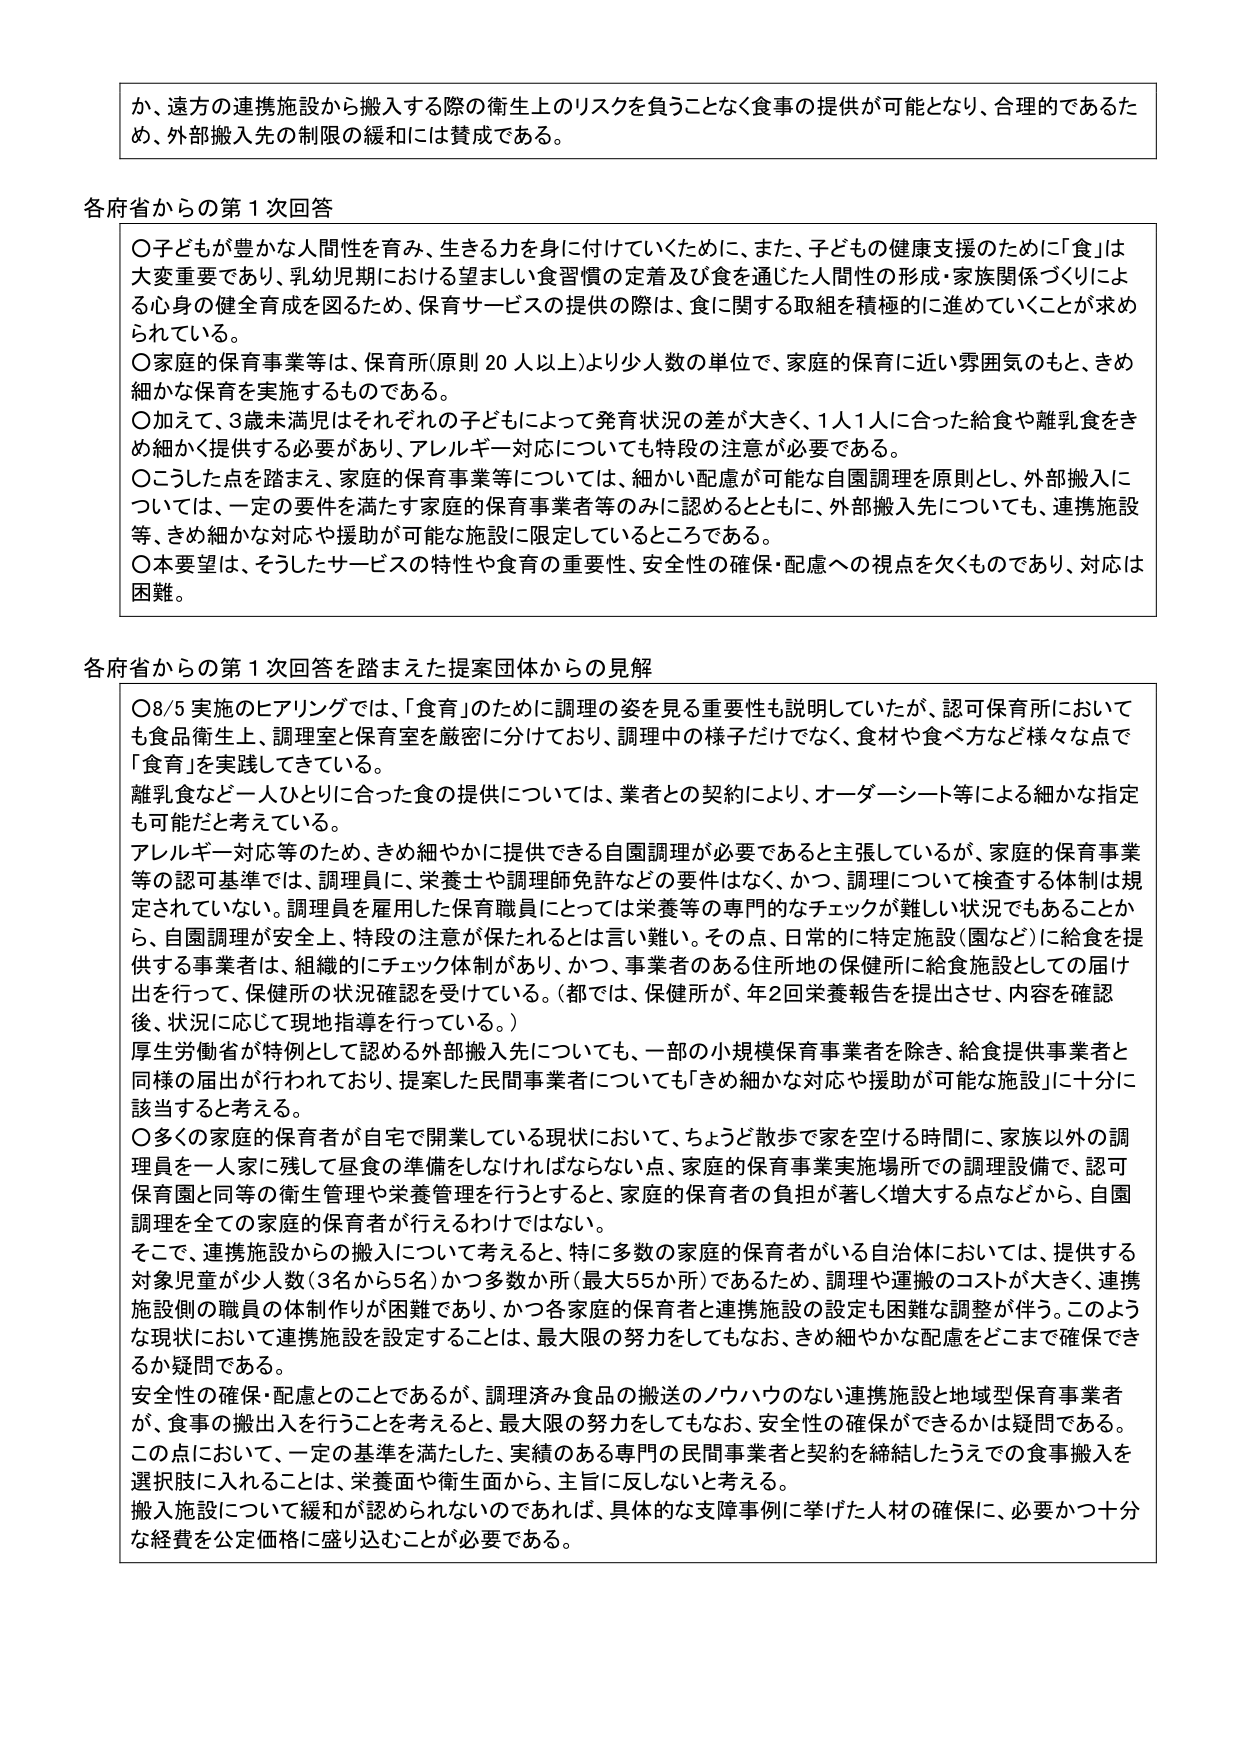
か、遠方の連携施設から搬入する際の衛生上のリスクを負うことなく食事の提供が可能となり、合理的であるため、外部搬入先の制限の緩和には賛成である。

各府省からの第１次回答

○子どもが豊かな人間性を育み、生きる力を身に付けていくために、また、子どもの健康支援のために「食」は大変重要であり、乳幼児期における望ましい食習慣の定着及び食を通じた人間性の形成・家族関係づくりによる心身の健全育成を図るため、保育サービスの提供の際は、食に関する取組を積極的に進めていくことが求められている。

○家庭的保育事業等は、保育所（原則20人以上）より少人数の単位で、家庭的保育に近い雰囲気のもと、きめ細かな保育を実施するものである。

○加えて、3歳未満児はそれぞれの子どもによって発育状況の差が大きく、1人1人に合った給食や離乳食をきめ細かく提供する必要があり、アレルギー対応についてはも特段の注意が必要である。

○こうした点を踏まえ、家庭的保育事業等については、細かい配慮が可能な自園調理を原則とし、外部搬入については、一定の要件を満たす家庭的保育事業者等のみに認めるとともに、外部搬入先についても、連携施設等、きめ細かな対応や援助が可能な施設に限定しているところである。

○本要望は、そうしたサービスの特性や食育の重要性、安全性の確保・配慮への視点を欠くものであり、対応は困難。

各府省からの第１次回答を踏まえた提案団体からの見解

○8/5実施のヒアリングでは、「食育」のために調理の姿を見る重要性も説明していたが、認可保育所においても食品衛生上、調理室と保育室を厳密に分けており、調理中の様子だけでなく、食材や食べ方など様々な点で「食育」を実践してきている。

離乳食など一人ひとりに合った食の提供については、業者との契約により、オーダーシート等による細かな指定も可能だと考えている。

アレルギー対応等のため、きめ細やかに提供できる自園調理が必要であると主張しているが、家庭的保育事業等の認可基準では、調理員に、栄養士や調理師免許などの要件はなく、かつ、調理について検査する体制は規定されていない。調理員を雇用した保育職員にとっては栄養等の専門的なチェックが難しい状況でもあることから、自園調理が安全上、特段の注意が保たれるとは言い難い。その点、日常的に特定施設（園など）に給食を提供する事業者は、組織的にチェック体制があり、かつ、事業者のある住所地の保健所に給食施設としての届け出を行って、保健所の状況確認を受けている。（都では、保健所が、年2回栄養報告を提出させ、内容を確認後、状況に応じて現地指導を行っている。）

厚生労働省が特例として認める外部搬入先についても、一部の小規模保育事業者を除き、給食提供事業者と同様の届出が行われており、提案した民間事業者についても「きめ細かな対応や援助が可能な施設」に十分に該当すると考える。

○多くの家庭的保育者が自宅で開業している現状において、ちょうど散歩で家を空ける時間に、家族以外の調理員を一人家に残して昼食の準備をしなければならない点、家庭的保育事業実施場所での調理設備で、認可保育園と同等の衛生管理や栄養管理を行うとすると、家庭的保育者の負担が著しく増大する点などから、自園調理を全ての家庭的保育者が行えるわけではない。

そこで、連携施設からの搬入について考えると、特に多数の家庭的保育者がいる自治体においては、提供する対象児童が少人数（3名から5名）かつ多数か所（最大55か所）であるため、調理や運搬のコストが大きく、連携施設側の職員の体制作りが困難であり、かつ各家庭的保育者と連携施設の設定も困難な調整が伴う。このような現状において連携施設を設定することは、最大限の努力をしてもなお、きめ細やかな配慮をどこまで確保できるか疑問である。

安全性の確保・配慮とのことであるが、調理済み食品の搬送のノウハウのない連携施設と地域型保育事業者が、食事の搬出入を行うことを考えると、最大限の努力をしてもなお、安全性の確保ができるかは疑問である。この点において、一定の基準を満たした、実績のある専門の民間事業者と契約を締結したうえでの食事搬入を選択肢に入れることは、栄養面や衛生面から、主旨に反しないと考える。

搬入施設について緩和が認められないのであれば、具体的な支援事例に挙げた人材の確保に、必要かつ十分な経費を公定価格に盛り込むことが必要である。